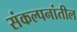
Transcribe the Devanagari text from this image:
संकल्पनांतील